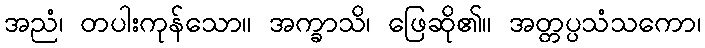
အညံ၊ တပါးကုန်သော။ အက္ခာသိ၊ ဖြေဆို၏။ အတ္တပ္ပသံသကော၊